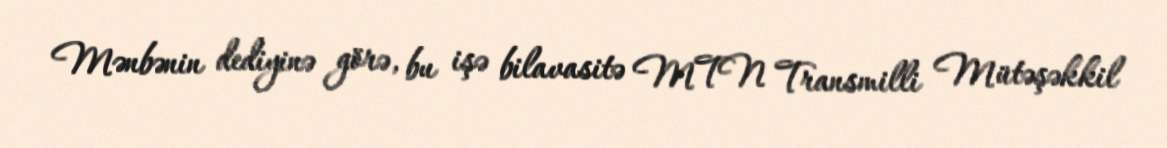
Mənbənin dediyinə görə, bu işə bilavasitə MTN Transmilli Mütəşəkkil